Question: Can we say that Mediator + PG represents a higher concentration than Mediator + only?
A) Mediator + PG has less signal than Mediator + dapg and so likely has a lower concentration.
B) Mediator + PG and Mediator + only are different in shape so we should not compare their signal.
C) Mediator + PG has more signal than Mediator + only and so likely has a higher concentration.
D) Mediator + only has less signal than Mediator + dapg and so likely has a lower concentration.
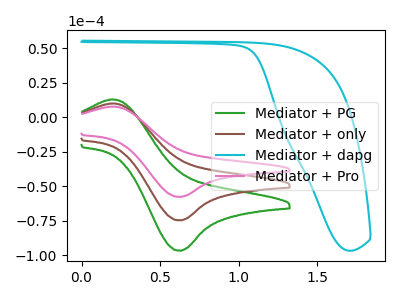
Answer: <think>The green curve "Mediator + PG" has an anodic peak at (0.20V, 12.90uA) and a cathodic peak at (0.65V, -96.80uA). The brown curve "Mediator + only" has an anodic peak at (0.20V, 10.00uA) and a cathodic peak at (0.65V, -74.75uA). The cyan curve "Mediator + dapg" has no peaks. The pink curve "Mediator + Pro" has an anodic peak at (0.20V, 19.95uA) and a cathodic peak at (0.65V, -149.55uA).
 All the peaks in "Mediator + PG" have a peak in "Mediator + only" at the same potential. Every peak in "Mediator + PG" is higher than every peak in "Mediator + only".</think>
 <answer>C) "Mediator + PG" has more signal than "Mediator + only" and so likely has a higher concentration.</answer>
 <eval>C</eval>